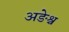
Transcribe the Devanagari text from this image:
अङेश्च